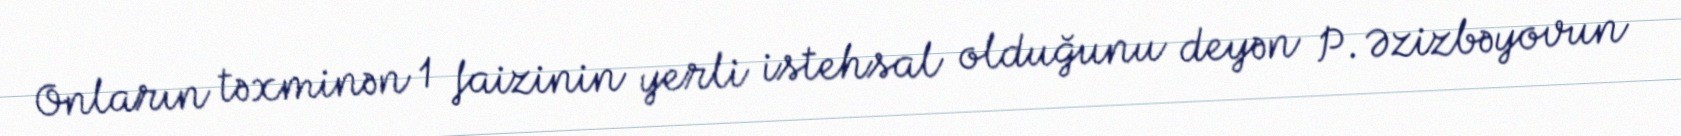
Onların təxminən 1 faizinin yerli istehsal olduğunu deyən P. Əzizbəyovun